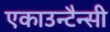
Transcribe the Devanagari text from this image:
एकाउन्टैन्सी